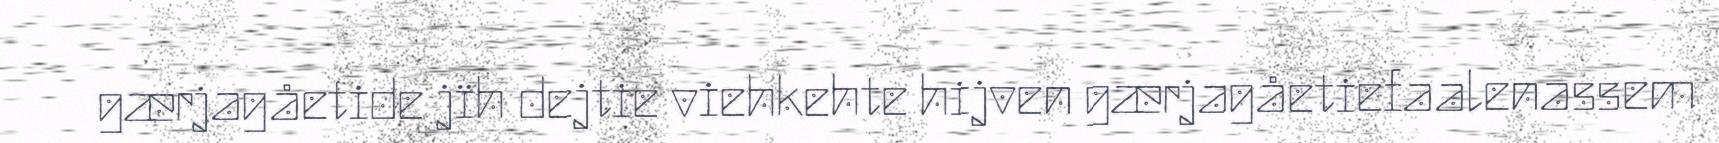
gærjagåetide jïh dejtie viehkehte hijven gærjagåetiefaalenassem